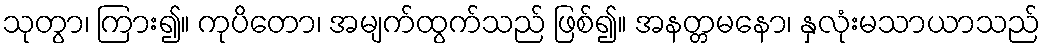
သုတွာ၊ ကြား၍။ ကုပိတော၊ အမျက်ထွက်သည် ဖြစ်၍။ အနတ္တမနော၊ နှလုံးမသာယာသည်